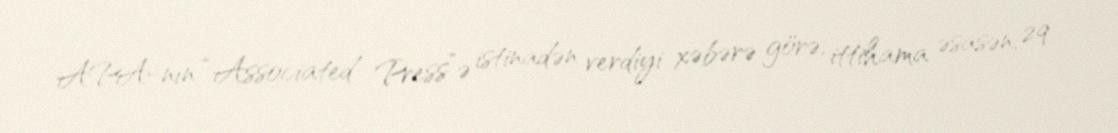
APA-nın “Associated Press”ə istinadən verdiyi xəbərə görə, ittihama əsasən, 29